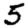
Digit: 5